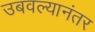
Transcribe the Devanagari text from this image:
उबवल्यानंतर